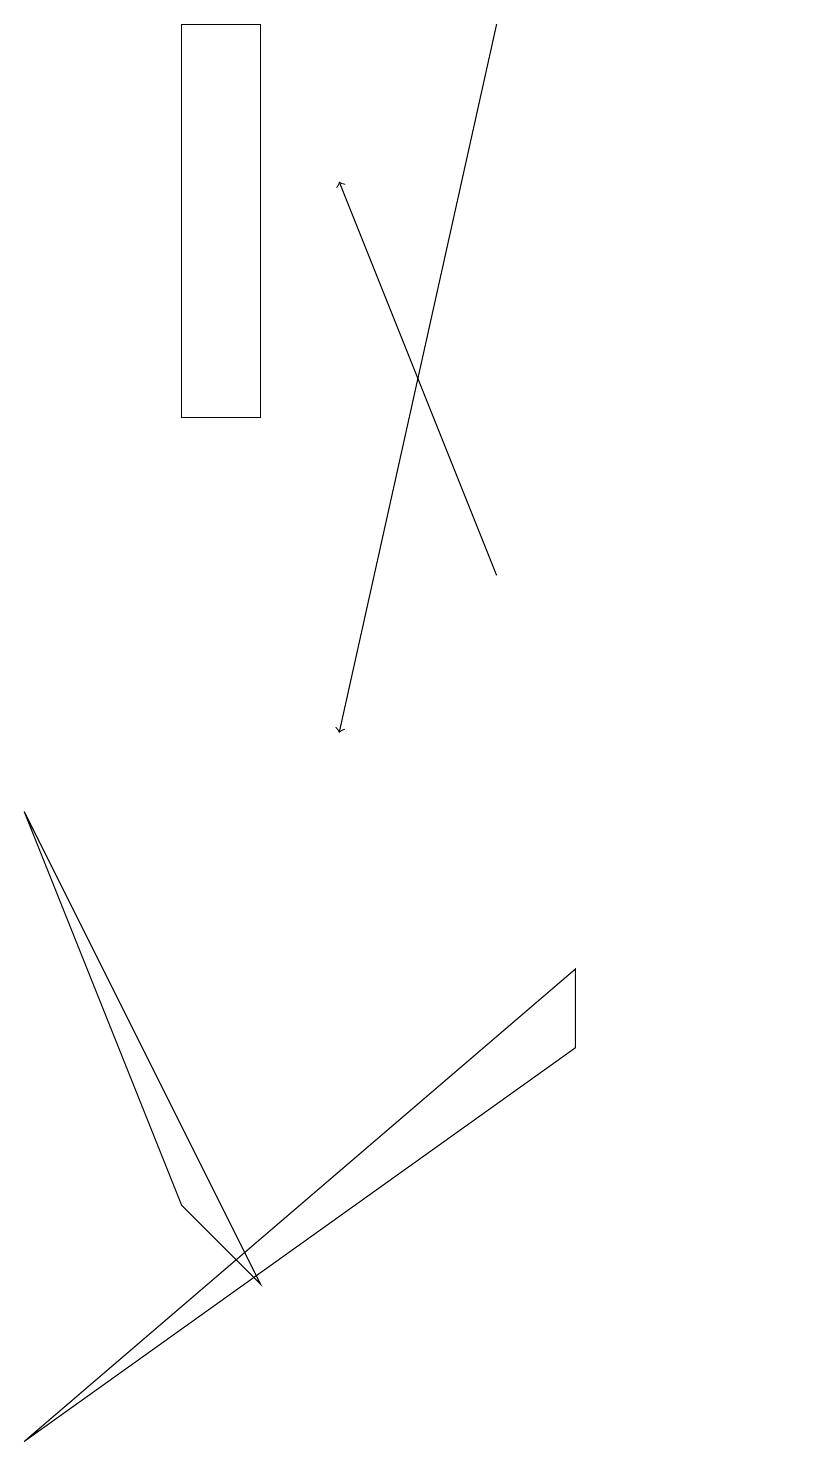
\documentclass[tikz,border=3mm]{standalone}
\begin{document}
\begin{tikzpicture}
\draw (7,6) -- (0,1) -- (7,7) -- cycle;
\draw (10,11) circle (0);
\draw[->] (6,19) -- (4,10);
\draw (2,4) -- (3,3) -- (0,9) -- cycle;
\draw (2,19) rectangle (3,14);
\draw[->] (6,12) -- (4,17);
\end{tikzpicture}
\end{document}